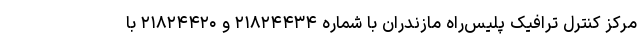
مرکز کنترل ترافیک پلیس‌راه مازندران با شماره ۲۱۸۲۴۴۳۴ و ۲۱۸۲۴۴۲۰ با